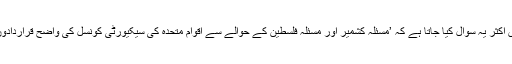
انہوں نے کہا کہ مسلم امہ میں اکثر یہ سوال کیا جاتا ہے کہ ’مسئلہ کشمیر اور مسئلہ فلسطین کے حوالے سے اقوام متحدہ کی سیکیورٹی کونسل کی واضح قراردادوں کو نافذ کیوں نہیں کیا جاتا‘۔